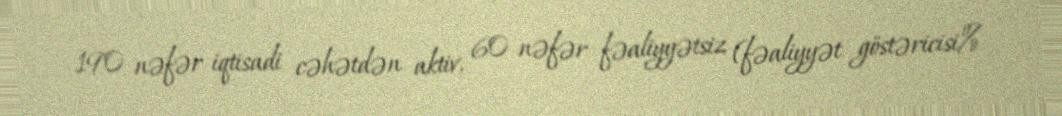
190 nəfər iqtisadi cəhətdən aktiv, 60 nəfər fəaliyyətsiz (fəaliyyət göstəricisi%